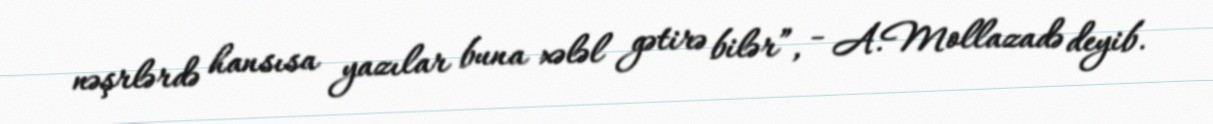
nəşrlərdə hansısa yazılar buna xələl gətirə bilər”, - A.Mollazadə deyib.